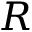
R